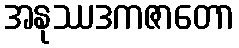
အနုဿဒကဇာတော